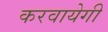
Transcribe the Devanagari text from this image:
करवायेगी